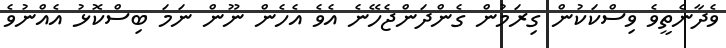
ވެދާނެތީވެ ވިސްކަކުން ގިރަމުން ގެންދަންޖެހޭނެ އެވެ އެހެން ނޫން ނަމަ ބިސްކޮޅު އެއްނުވެ